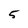
Character: 5